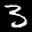
Label: 3